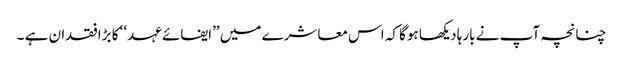
چنانچہ آپ نے بارہا دیکھا ہوگا کہ اس معاشرے میں ’’ایفائے عہد‘‘ کا بڑافقدان ہے ۔